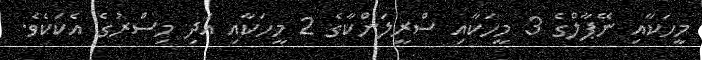
މީހަކާއި ނޭޕާލްގެ 3 މީހަކާއި ސްރީލަންކާގެ 2 މީހަކާއި އަދި މިސްރުގެ އެކަކެވެ.